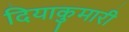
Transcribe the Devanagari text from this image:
दियाकुमारी